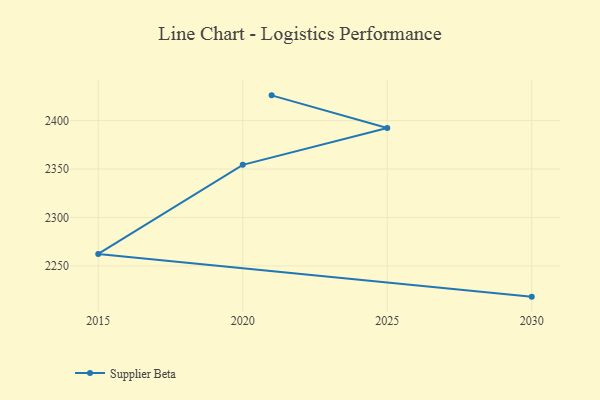
{"axis": {"x": "Year", "y": "Customer Acquisition Cost (USD)"}, "legend": ["Supplier Beta"], "data": [{"x": "2021", "y": 2426.1, "type": "Supplier Beta"}, {"x": "2025", "y": 2392.4, "type": "Supplier Beta"}, {"x": "2020", "y": 2354.3, "type": "Supplier Beta"}, {"x": "2015", "y": 2262.3, "type": "Supplier Beta"}, {"x": "2030", "y": 2218.2, "type": "Supplier Beta"}]}